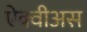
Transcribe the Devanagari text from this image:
ऐक्वीअस